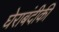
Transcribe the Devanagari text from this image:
घेराबंदीकी